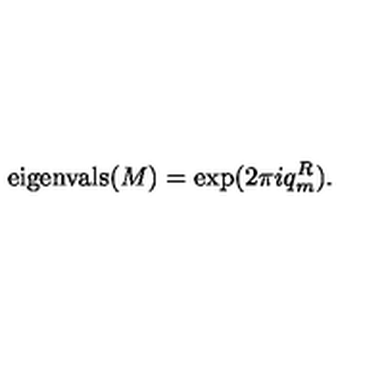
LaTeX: \mathrm { e i g e n v a l s } ( M ) = \exp ( 2 \pi i q _ { m } ^ { R } ) .